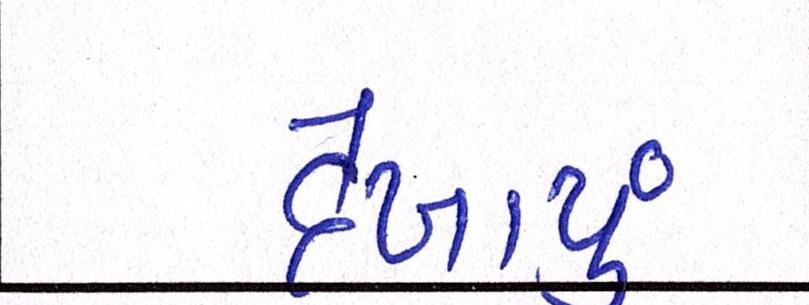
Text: દેખાયું